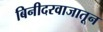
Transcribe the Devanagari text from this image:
बिनीदरवाजातून